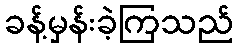
ခန့်မှန်းခဲ့ကြသည်